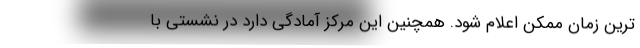
ترین زمان ممکن اعلام شود. همچنین این مرکز آمادگی دارد در نشستی با